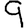
Digit: 9